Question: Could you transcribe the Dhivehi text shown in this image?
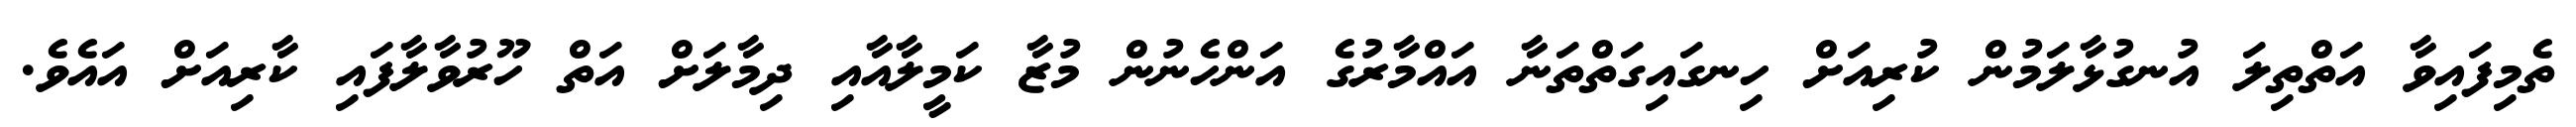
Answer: ތެމިފައިވާ އަތްތިލަ އުނގުޅާލަމުން ކުރިއަށް ހިނގައިގަތްތަނާ އައްމާރުގެ އަންހެނުން މުޒާ ކަމީލާއާއި ދިމާލަށް އަތް ހޫރުވާލާފައި ކާރިއަށް އައެވެ.